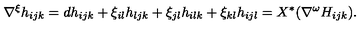
\nabla ^ { \xi } h _ { i j k } = d h _ { i j k } + \xi _ { i l } h _ { l j k } + \xi _ { j l } h _ { i l k } + \xi _ { k l } h _ { i j l } = X ^ { * } ( \nabla ^ { \omega } H _ { i j k } ) .